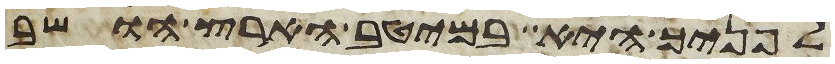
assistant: לפניך היא במיטב הארץ הושב